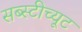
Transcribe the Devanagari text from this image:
सब्स्टीच्यूट